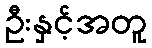
ဦးနှင့်အတူ